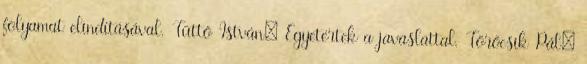
folyamat elindításával. Tüttő István: Egyetértek a javaslattal. Törőcsik Pál: